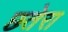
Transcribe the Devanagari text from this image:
छतेरा